Vaccination in Bombay 1863-1868 - 1863-1868
Year: 1863
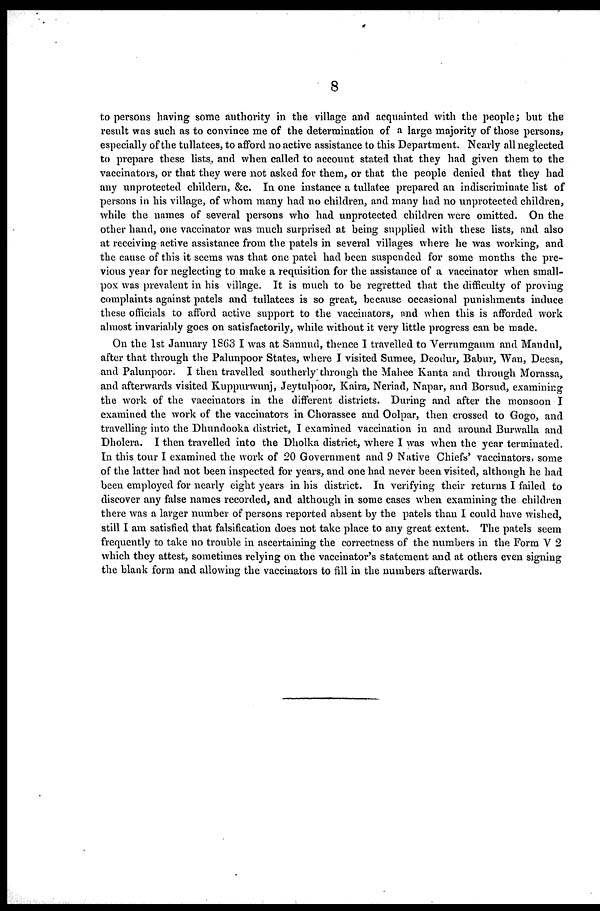
8
to persons having some authority in the village and acquainted with the people; but the
result was such as to convince me of the determination of a large majority of those persons,
especially of the tullatees, to afford no active assistance to this Department. Nearly all neglected
to prepare these lists, and when called to account stated that they had given them to the
vaccinators, or that they were not asked for them, or that the people denied that they had
any unprotected childern, &c. In one instance a tullatee prepared an indiscriminate list of
persons in his village, of whom many had no children, and many had no unprotected children,
while the names of several persons who had unprotected children were omitted. On the
other hand, one vaccinator was much surprised at being supplied with these lists, and also
at receiving active assistance from the patels in several villages where he was working, and
the cause of this it seems was that one patel had been suspended for some months the pre-
vious year for neglecting to make a requisition for the assistance of a vaccinator when small-
pox was prevalent in his village. It is much to be regretted that the difficulty of proving
complaints against patels and tullatees is so great, because occasional punishments induce
these officials to afford active support to the vaccinators, and when this is afforded work
almost invariably goes on satisfactorily, while without it very little progress can be made.
On the 1st January 1863 I was at Sannud, thence I travelled to Verrumgaum and Mandul,
after that through the Palunpoor States, where I visited Sumee, Deodur, Babur, Wan, Deesa,
and Palunpoor. I then travelled southerly through the Mahee Kanta and through Morassa,
and afterwards visited Kuppurwunj, Jeytulpoor, Kaira, Neriad, Napar, and Borsud, examining
the work of the vaccinators in the different districts. During and after the monsoon I
examined the work of the vaccinators in Chorassee and Oolpar, then crossed to Gogo, and
travelling into the Dhundooka district, I examined vaccination in and around Burwalla and
Dholera. I then travelled into the Dholka district, where I was when the year terminated.
In this tour I examined the work of 20 Government and 9 Native Chiefs' vaccinators, some
of the latter had not been inspected for years, and one had never been visited, although he had
been employed for nearly eight years in his district. In verifying their returns I failed to
discover any false names recorded, and although in some cases when examining the children
there was a larger number of persons reported absent by the patels than I could have wished,
still I am satisfied that falsification does not take place to any great extent. The patels seem
frequently to take no trouble in ascertaining the correctness of the numbers in the Form V 2
which they attest, sometimes relying on the vaccinator's statement and at others even signing
the blank form and allowing the vaccinators to fill in the numbers afterwards.